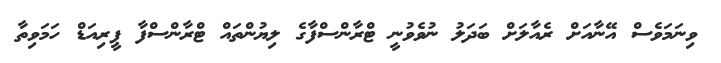
ވިނަމަވެސް އޭނާއަށް ރެއާލަށް ބަދަލު ނުވެވުނީ ޓްރާންސްފާގެ ލިޔުންތައް ޓްރާންސްފާ ޕީރިއަޑް ހަމަވިތާ